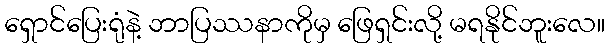
ရှောင်ပြေးရုံနဲ့ ဘာပြဿနာကိုမှ ဖြေရှင်းလို့ မရနိုင်ဘူးလေ။